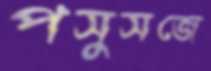
পসুসজে